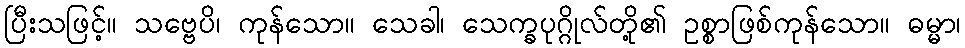
ပြီးသဖြင့်။ သဗ္ဗေပိ၊ ကုန်သော။ သေခါ၊ သေက္ခပုဂ္ဂိုလ်တို့၏ ဥစ္စာဖြစ်ကုန်သော။ ဓမ္မာ၊